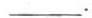
___。